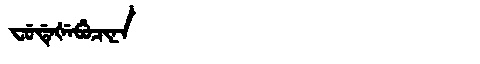
Manchu: ᠸᡠᡩᡝᡧᡝᠪᡠᠴᡳᠨᠠ
Romanization: FUDEŠEBUCINA